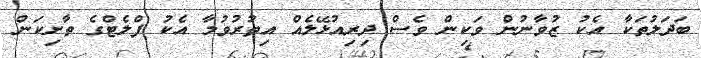
ބަދަލުތަކާ އެކު ޒުވާނުން ވަކިން ވެސް ދިރިއުޅޭލެއް އިތުރުވުމާ އެކު ފްލެޓްގެ ތާށިކަން